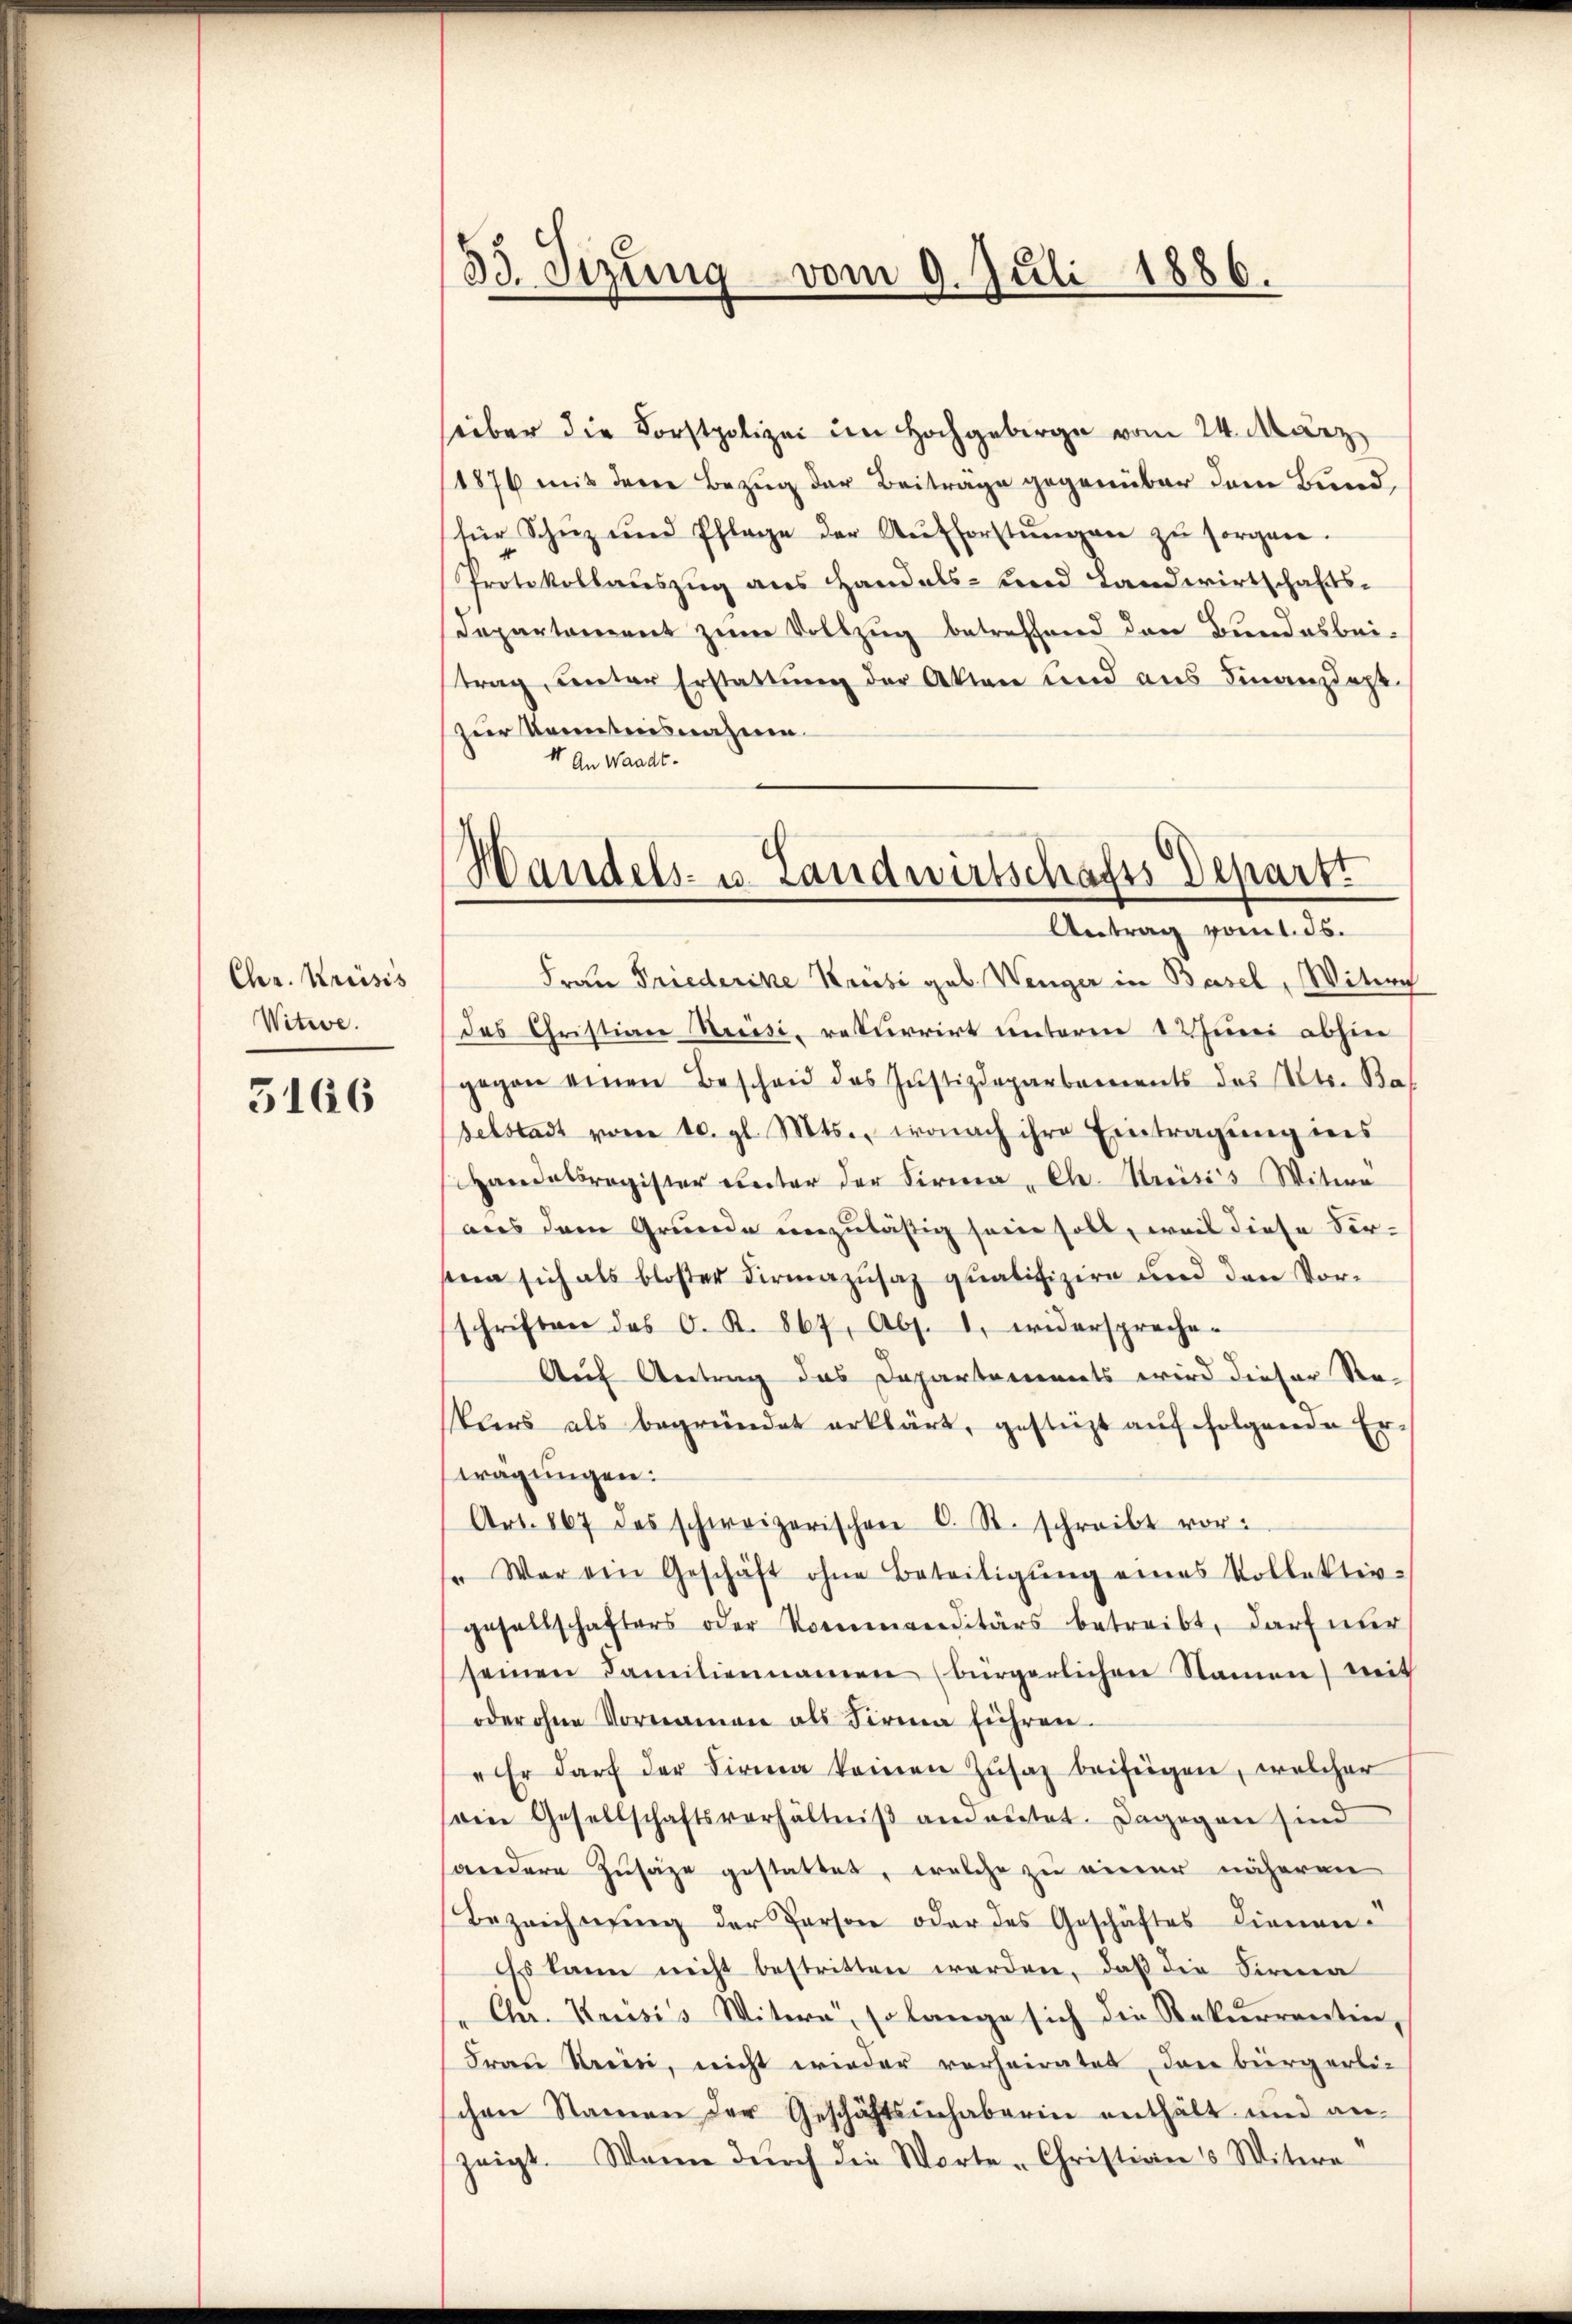
Chr. Kreisis
Witwe.

5166

33. Stzung vom 9. Juli 1886.

seiber die Forstpolizei im Hochgebirge vom 24. März
1876 mit dere Bezug der Beiträge gegenüber dem Bund
für Schnz und Pflage der Aufforstŭngen zu sorgen.
Protokollauszug aus Handels- und Landwirtschafts¬
Departement zum Vollzug betreffend den Bundesbei-
trag ŭnter Erstattŭng der Akten und aus Finanzdept
zur Kenntnisnahme.
4 An Waadt.
Frau Friederike Krisi geb. Wenger in Basel, Witwe
das Christian Beisi, rekurrirt unterm 12 Juni abhin
gegen einen Bescheid des Justizdepartaments das Utr. Ba
selstadt vom 10. gl. Mts., wonach ihre Eintragung ins
Handesregister unter der Firma „Ch. Keises Witwe
aus dem Grunde unzulässig sein soll, weil diese Versna sich als bloser Firmazusaz qualifiziere und den Vor-
schriften des C. R. 867, Abs. 1. widerspreche-
Auf Antrag das Departements wird dieser Re-
klers als begründet erklärt, gestürzt auf folgende Ertragungen:
Art. 867 des schweizerischen C. St. schreibt vor:
 War ein Geschäft ohne Beteiligŭng eines Vollektiv-
gesellschafters oder Kommerditärs betreibt, darf nur
seinen Familiennamen (bürgerlichen Namen weit
oder ohne Vornamen als Firma führen.
"Er darf der Firma keinen Zŭsaz beifügen, welcher
sein Gesellschaftsverhältniβ andaŭtet. Dagegen sind
andere Zusage gestattet, welche zu einer näheren
Bezeichnung der Person oder des Geschäftes dienen
Es kann nicht bestritten werden, daß die Firma
Chr. Kausis Witera, so lange sich die Rekurrenten,
Frau Kreis, nicht wieder verheiratet, das bürgerli-
chen Namen der Geschäftsinhaberin enthält und an-
zeigt. Wenn dŭrch die Worte Christian u Witere

Handels- u. Landwirtschafts Depart.
Antrag vom 1. ds.